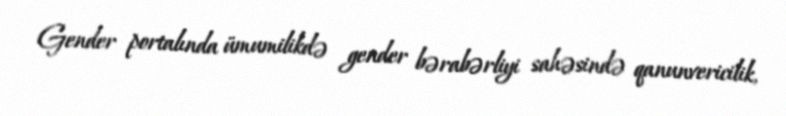
Gender portalında ümumilikdə gender bərabərliyi sahəsində qanunvericilik,